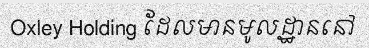
Oxley Holding ដែលមានមូលដ្ឋាននៅ